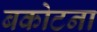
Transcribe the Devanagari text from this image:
बकोटना